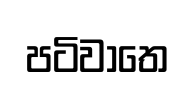
පටිවාතෙ